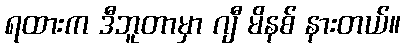
ရထားက ဒီဘူတာမှာ ဂျီ မိနစ် နားတယ်။